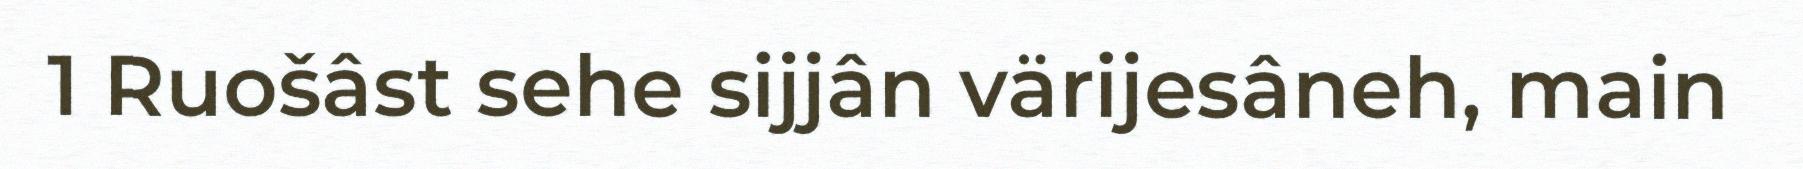
1 Ruošâst sehe sijjân värijesâneh, main